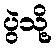
ပွဲသို့